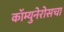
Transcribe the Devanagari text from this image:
कॉम्युनेरोसचा